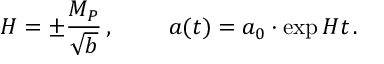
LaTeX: H = \pm \frac { M _ { P } } { \sqrt { b } } \, , \, \, \, \, \, \, \, \, \, \, \, \, \, \, a ( t ) = a _ { 0 } \cdot \exp { H t } \, .